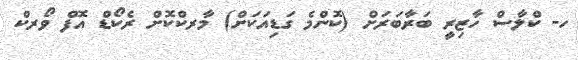
ހ- ކްލާސް ހާޒިރީ ބަރާބަރަށް (ކޮންމެ ގަޑިއަކަށް) މާރކްކޮށް ރެކޯޑް އޮފް ވޯރކް